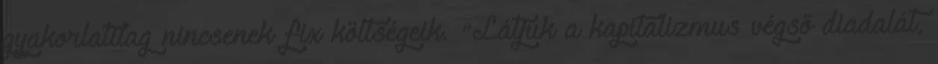
gyakorlatilag nincsenek fix költségeik. "Látjuk a kapitalizmus végső diadalát,